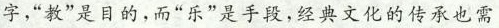
字，“教”是目的，而“乐”是手段，经典文化的传承也需